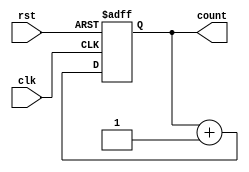
module synchronous_counter (
    input clk, // Clock input
    input rst, // Reset input
    output reg [N-1:0] count // Output count
);
 
// Parameter for counter width
parameter N = 4;
 
// State register to store count value
reg [N-1:0] state;
 
always @ (posedge clk or posedge rst)
begin
    if(rst) // Reset the counter
        state <= 0;
    else // Increment the count on each clock cycle
        state <= state + 1;
end
 
assign count = state;
 
endmodule